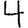
Digit: 4